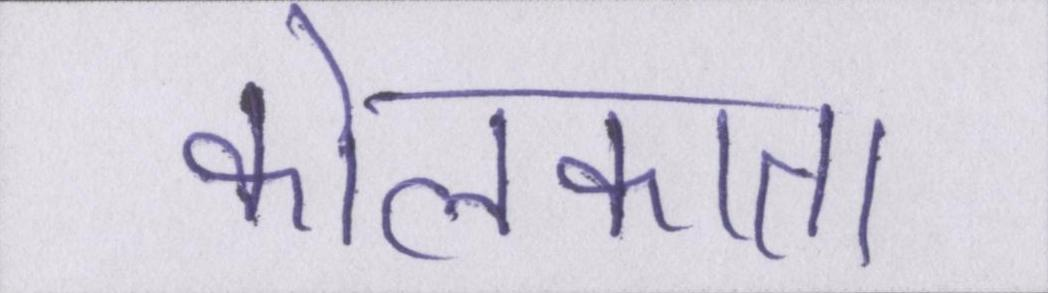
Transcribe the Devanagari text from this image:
कोलकाता